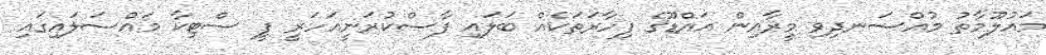
މައުލޫމާތު މުއްސަނދިވި މީރާއިން އައްޑޫގެ ފިހާރަތަކެއް ބަލައި ފާސްކުރަނީއަހަރީ ފީ ސްޓިކާ މައްސަލައިގައި